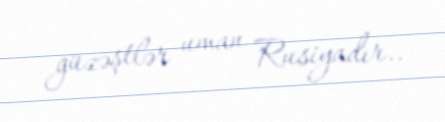
güzəştlər uman Rusiyadır..